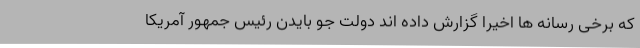
که برخی رسانه ها اخیرا گزارش داده اند دولت جو بایدن رئیس جمهور آمریکا